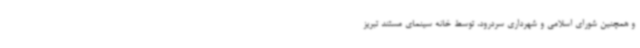
و همچنین شورای اسلامی و شهرداری سردرود، توسط خانه سینمای مستند تبریز